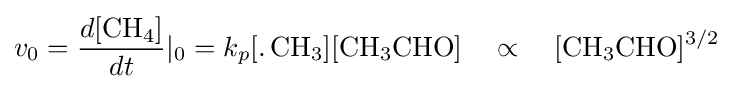
v_{0}={\frac {d[{\ce {CH4}}]}{dt}}|_{0}=k_{p}{\ce {[.CH3][CH3CHO]}}\quad \propto \quad {\ce {[CH3CHO]^{3/2}}}